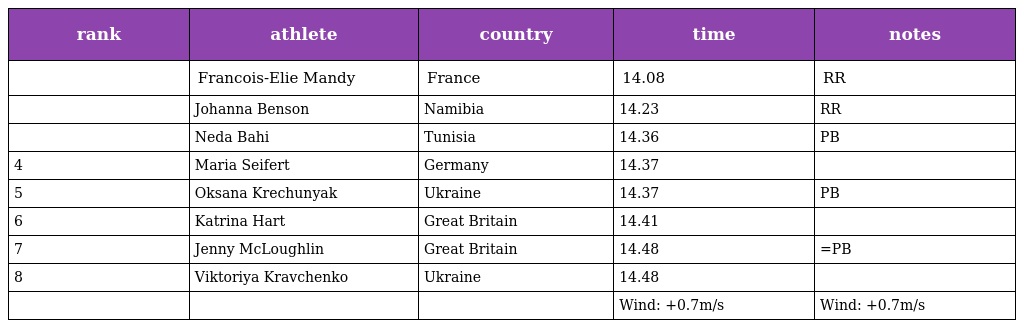
| rank | athlete | country | time | notes |
 | --- | --- | --- | --- | --- |
 |  | Francois-Elie Mandy | France | 14.08 | RR |
 |  | Johanna Benson | Namibia | 14.23 | RR |
 |  | Neda Bahi | Tunisia | 14.36 | PB |
 | 4 | Maria Seifert | Germany | 14.37 |  |
 | 5 | Oksana Krechunyak | Ukraine | 14.37 | PB |
 | 6 | Katrina Hart | Great Britain | 14.41 |  |
 | 7 | Jenny McLoughlin | Great Britain | 14.48 | =PB |
 | 8 | Viktoriya Kravchenko | Ukraine | 14.48 |  |
 |  |  |  | Wind: +0.7m/s | Wind: +0.7m/s |